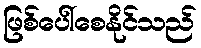
ဖြစ်ပေါ်စေနိုင်သည်